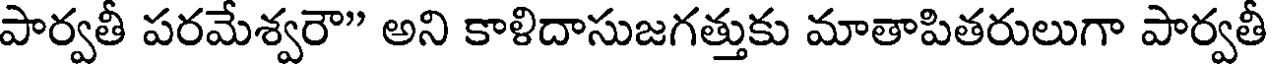
పార్వతీ పరమేశ్వరౌ" అని కాళిదాసుజగత్తుకు మాతాపితరులుగా పార్వతీ